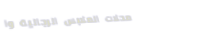
محلات الملابس الرجالية وا